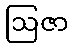
ဩဇာ